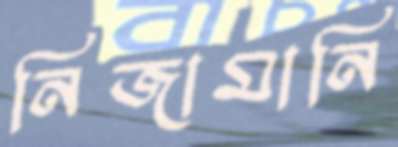
নিজামানি